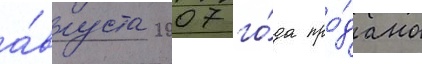
а́вгуста 2007 го́да про́дано